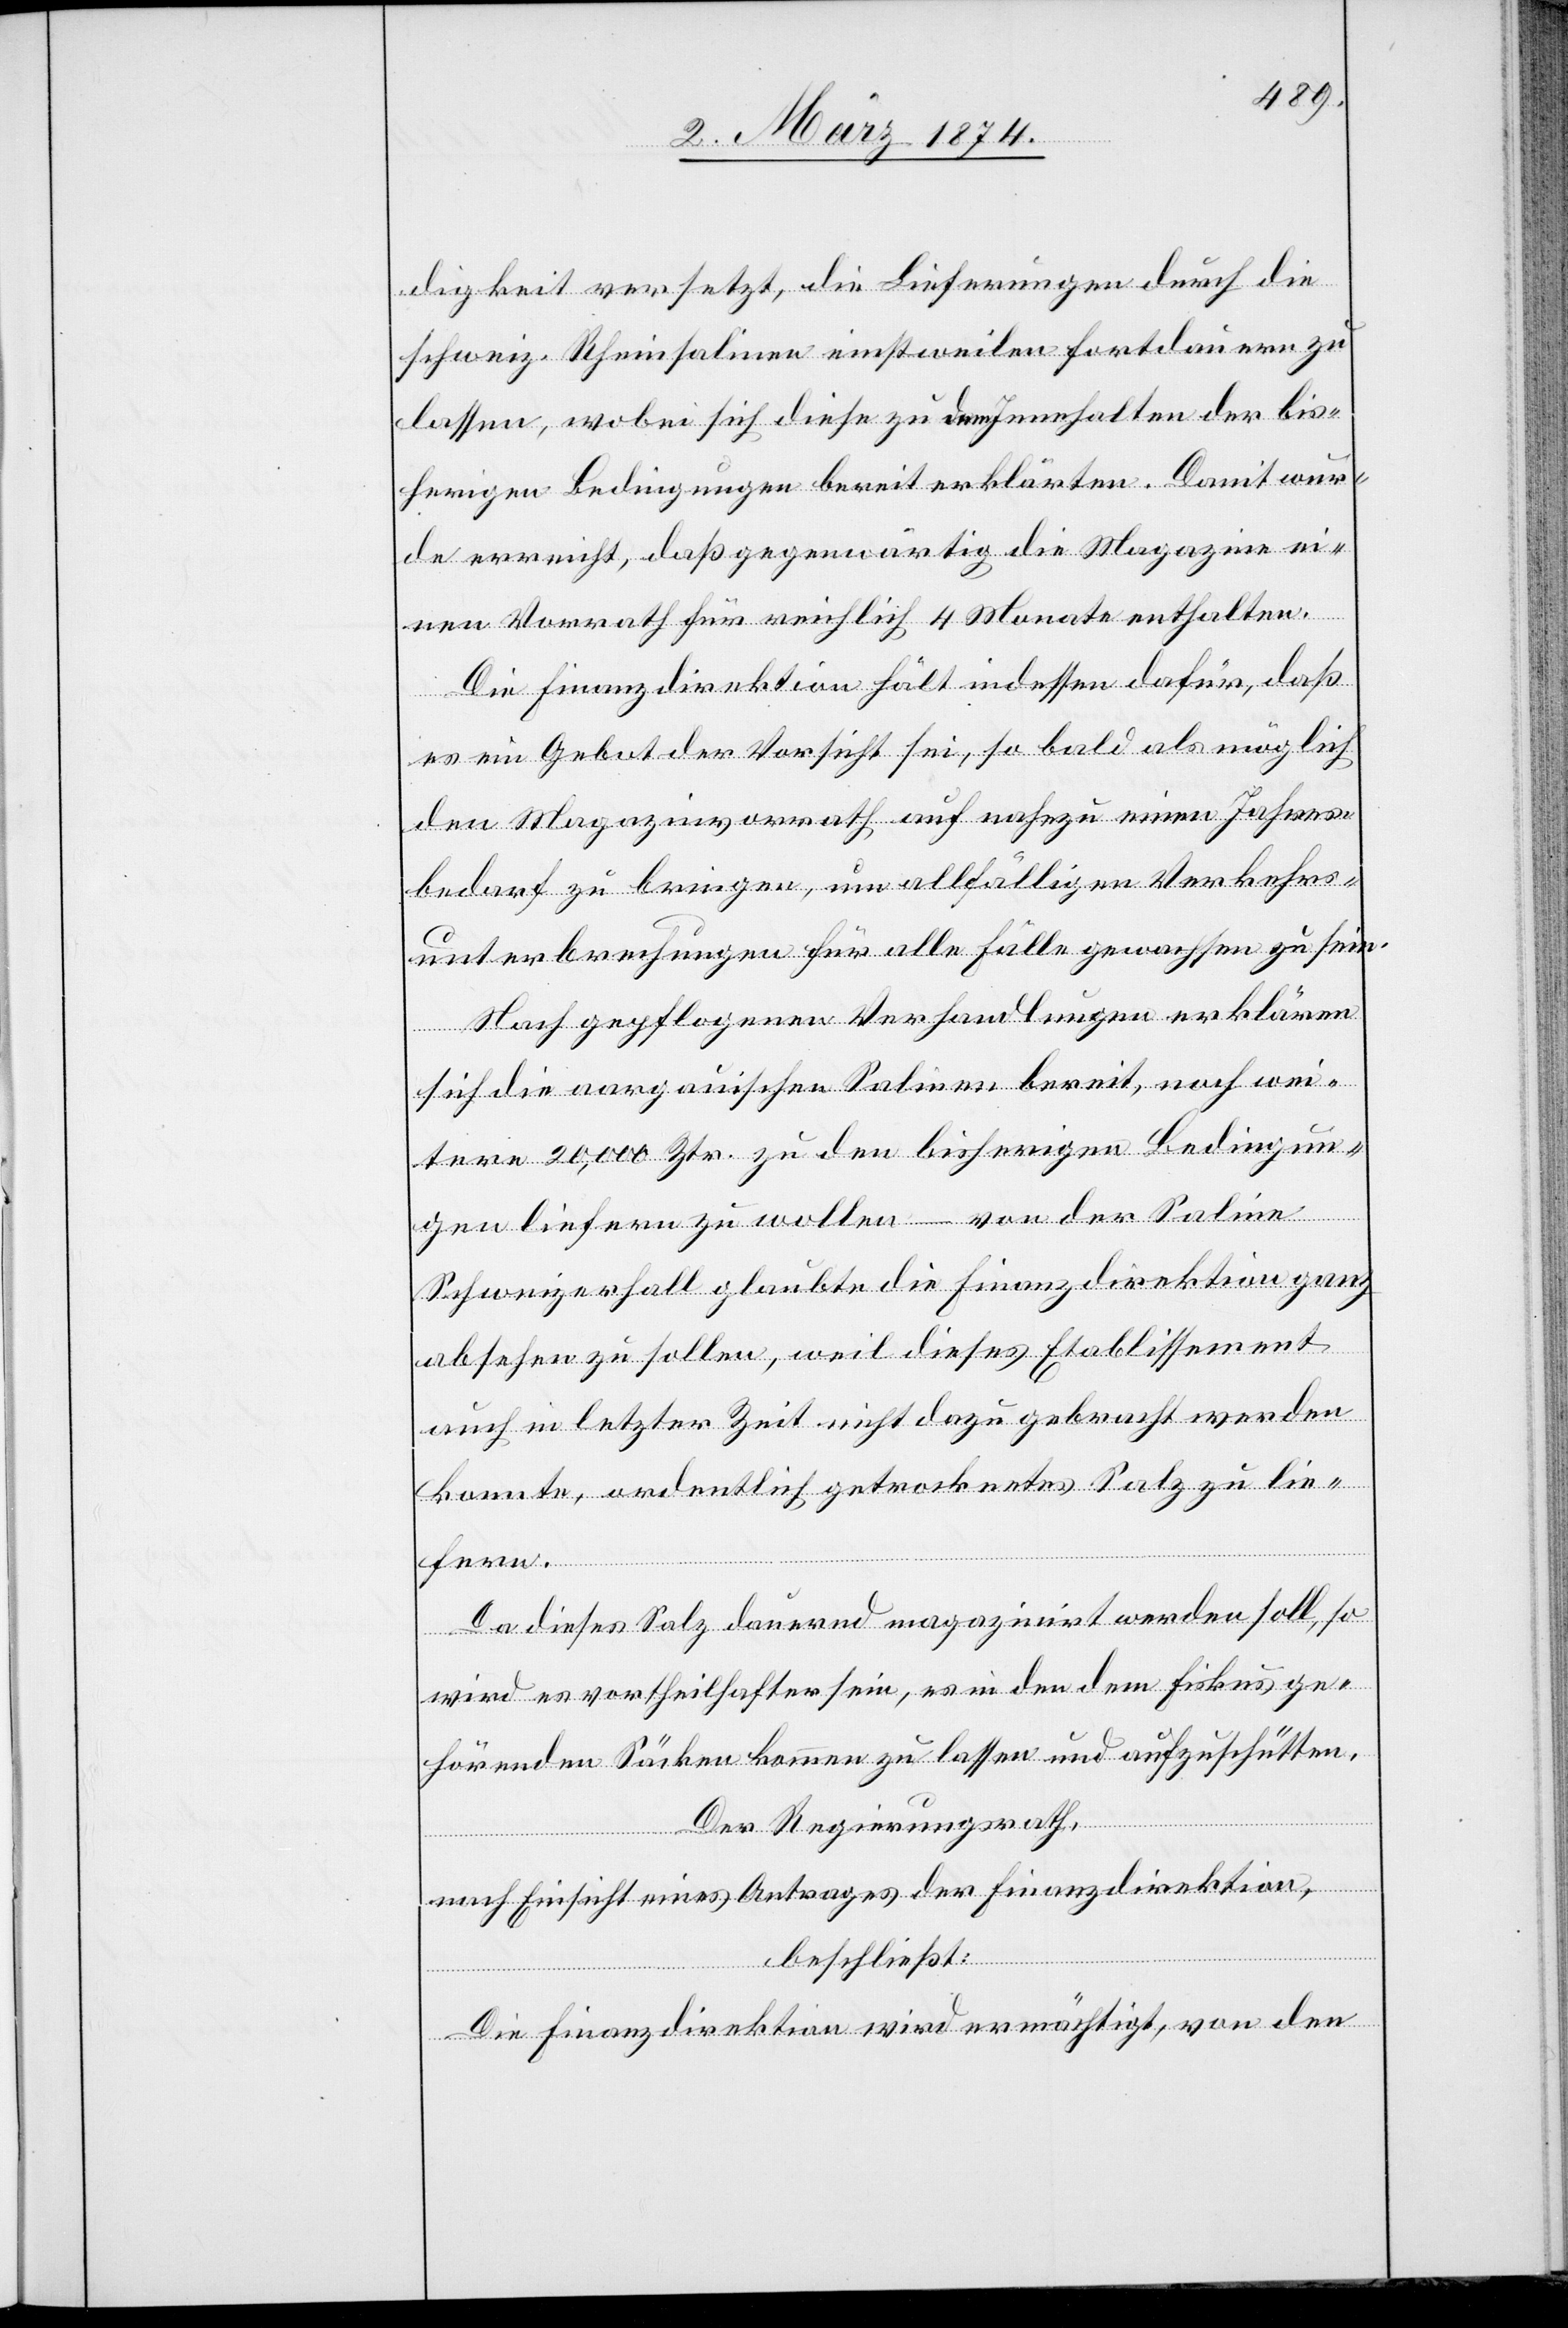
digkeit versetzt, die Lieferungen durch die
schweiz. Rheinsalinen einstweilen fortdauern zu
lassen, wobei sich diese zu dem Innehalten der bis¬
herigen Bedingungen bereit erklärten. Damit wur¬
de erreicht, daß gegenwärtig die Magazine ei¬
nen Vorrath für reichlich 4 Monate enthalten.
Die Finanzdirektion hält indessen dafür, daß
es ein Gebot der Vorsicht sei, so bald als möglich
den Magazinvorrath auf nahezu einen Jahres¬
bedarf zu bringen, um allfälligen Verkehrs¬
unterbrechungen für alle Fälle gewachsen zu sein.
Nach gepflogenen Verhandlungen erklären
sich die aargauischen Salinen bereit, noch wei¬
tere 20,000 Ztr. zu den bisherigen Bedingun¬
gen liefern zu wollen – von der Saline
Schweizerhall glaubte die Finanzdirektion ganz
absehen zu sollen, weil dieses Etablissement
auch in letzter Zeit nicht dazu gebracht werden
konnte, ordentlich getrocknetes Salz zu lie¬
fern.
Da dieses Salz dauernd magazinirt werden soll, so
wird es vortheilhafter sein, es in den dem Fiskus ge¬
hörenden Säcken kommen zu lassen und aufzuschütten.
Der Regierungsrath,
nach Einsicht eines Antrages der Finanzdirektion,
beschließt:
Die Finanzdirektion wird ermächtigt, von den